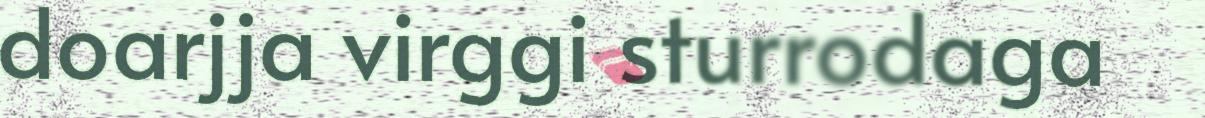
doarjja virggi sturrodaga